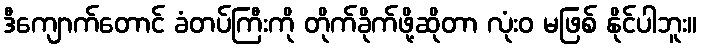
ဒီကျောက်တောင် ခံတပ်ကြီးကို တိုက်ခိုက်ဖို့ဆိုတာ လုံးဝ မဖြစ် နိုင်ပါဘူး။